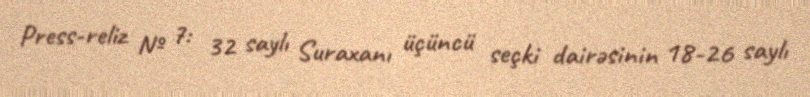
Press-reliz № 7: 32 saylı Suraxanı üçüncü seçki dairəsinin 18-26 saylı